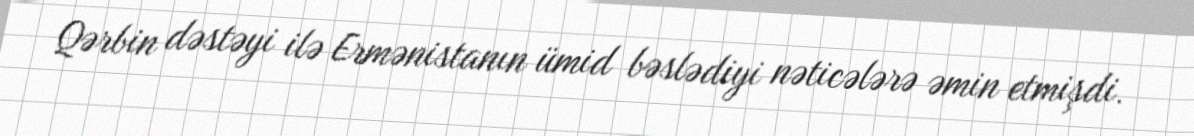
Qərbin dəstəyi ilə Ermənistanın ümid bəslədiyi nəticələrə əmin etmişdi.